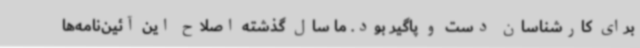
برای کارشناسان دست و پاگیر بود. ما سال گذشته اصلاح این آئین‌نامه‌ها